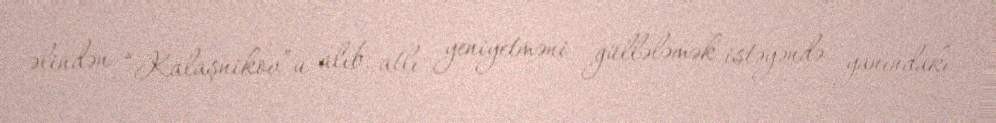
əlindən “Kalaşnikov”u alıb, atlı yeniyetməni güllələmək istəyəndə yanındakı